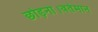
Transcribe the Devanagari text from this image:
छोड़ना।वर्तमान